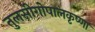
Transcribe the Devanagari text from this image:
तुलसीगोपालकृष्‍णा